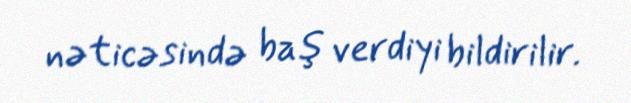
nəticəsində baş verdiyi bildirilir.